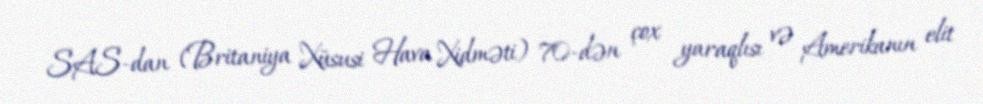
SAS-dan (Britaniya Xüsusi Hava Xidməti) 70-dən çox yaraqlısı və Amerikanın elit